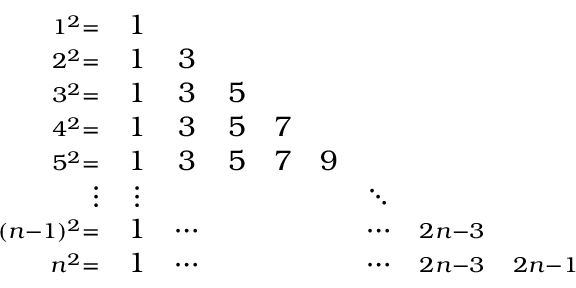
\begin{array} { r c c c c c c c c } { \scriptstyle 1 ^ { 2 } \scriptstyle = } & { 1 } & { } & { } & { } & { } & { } & { } & { } \\ { \scriptstyle 2 ^ { 2 } \scriptstyle = } & { 1 } & { 3 } & { } & { } & { } & { } & { } & { } \\ { \scriptstyle 3 ^ { 2 } \scriptstyle = } & { 1 } & { 3 } & { 5 } & { } & { } & { } & { } & { } \\ { \scriptstyle 4 ^ { 2 } \scriptstyle = } & { 1 } & { 3 } & { 5 } & { 7 } & { } & { } & { } & { } \\ { \scriptstyle 5 ^ { 2 } \scriptstyle = } & { 1 } & { 3 } & { 5 } & { 7 } & { 9 } & { } & { } & { } \\ { \vdots } & { \vdots } & { } & { } & { } & { } & { \ddots } & { } & { } \\ { \scriptstyle ( n - 1 ) ^ { 2 } \scriptstyle = } & { 1 } & { \cdots } & { } & { } & { } & { \cdots } & { \scriptstyle 2 n - 3 } & { } \\ { \scriptstyle n ^ { 2 } \scriptstyle = } & { 1 } & { \cdots } & { } & { } & { } & { \cdots } & { \scriptstyle 2 n - 3 } & { \scriptstyle 2 n - 1 } \end{array}